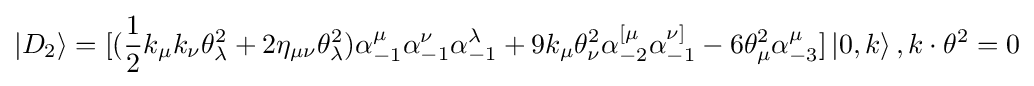
|D_{2}\rangle =[({\frac {1}{2}}k_{\mu }k_{\nu }\theta _{\lambda }^{2}+2\eta _{\mu \nu }\theta _{\lambda }^{2})\alpha _{-1}^{\mu }\alpha _{-1}^{\nu }\alpha _{-1}^{\lambda }+9k_{\mu }\theta _{\nu }^{2}\alpha _{-2}^{[\mu }\alpha _{-1}^{\nu ]}-6\theta _{\mu }^{2}\alpha _{-3}^{\mu }]\left\vert 0,k\right\rangle ,k\cdot \theta ^{2}=0